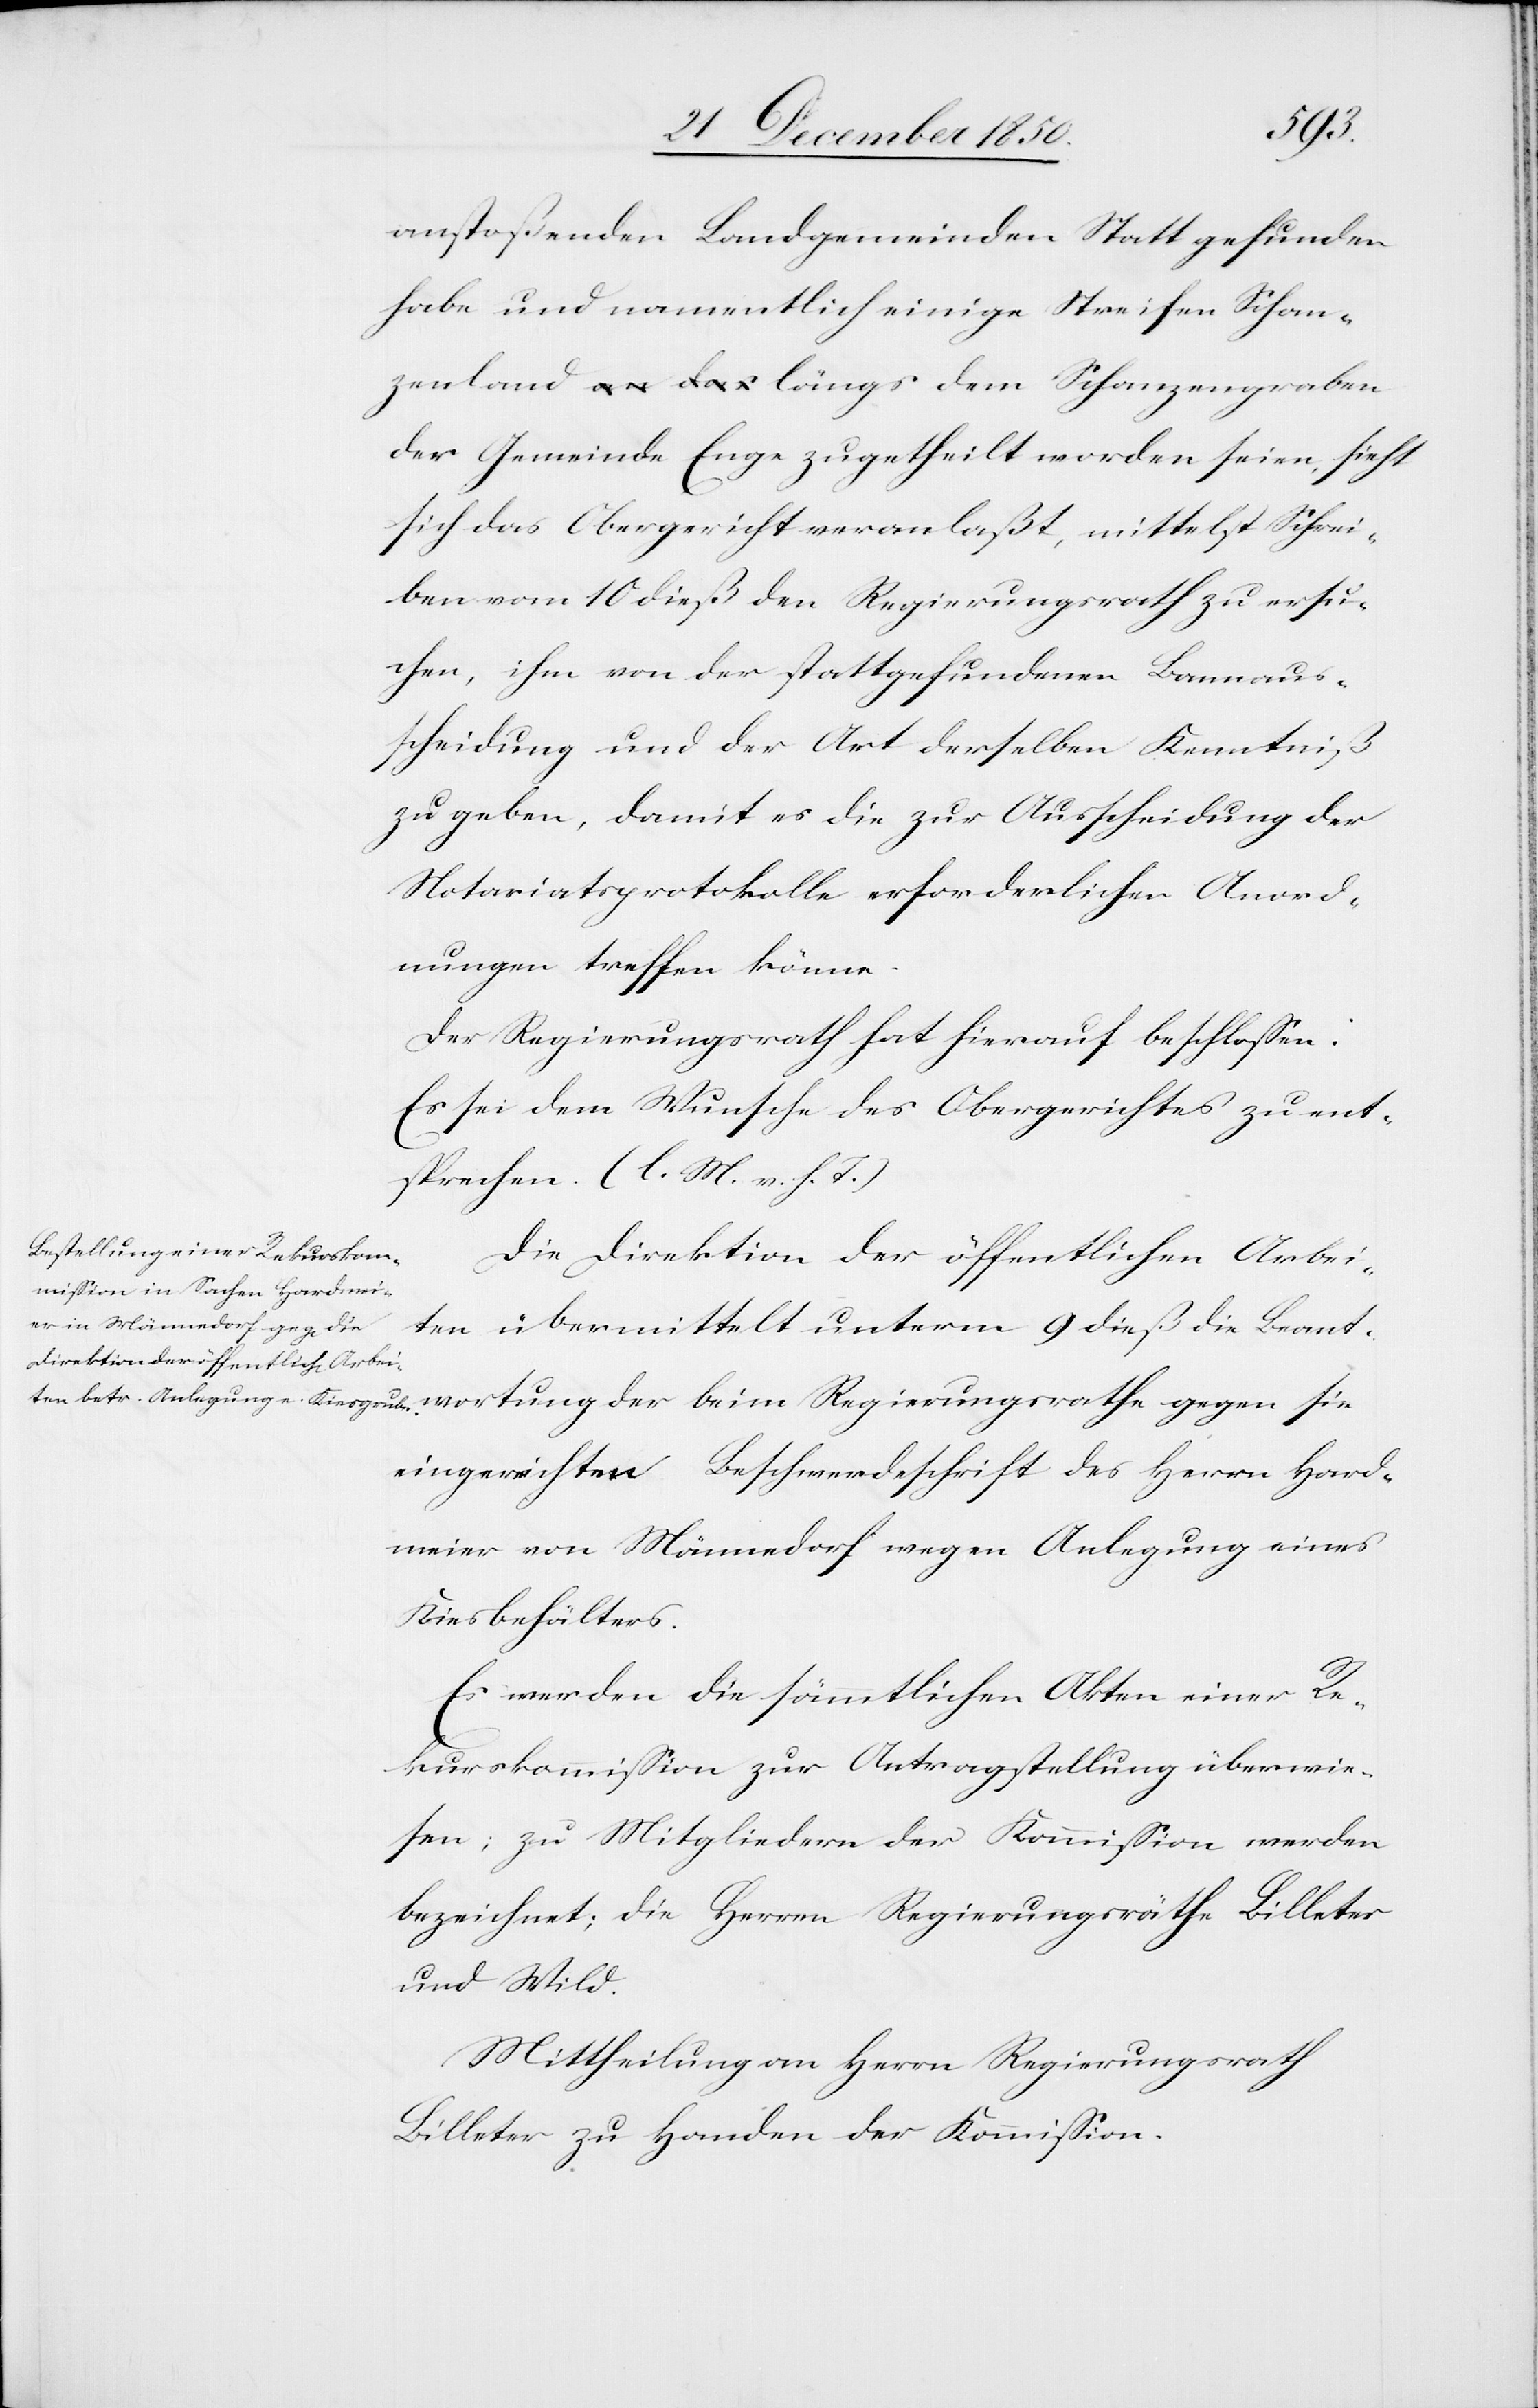
anstoßenden Landgemeinden Statt gefunden
habe und namentlich einige Streifen Schan¬
zenland längs dem Schanzengraben
der Gemeinde Enge zugetheilt worden seien, sieht
sich das Obergericht veranlaßt, mittelst Schrei¬
ben vom 10 dieß den Regierungsrath zu ersu¬
chen, ihm von der stattgefundenen Bannaus¬
scheidung und der Art derselben Kenntniß
zu geben, damit es die zur Ausscheidung der
Notariatsprotokolle erforderlichen Anord¬
nungen treffen könne.
Der Regierungsrath hat hierauf beschlossen:
Es sei dem Wunsche des Obergerichtes zu ent¬
sprechen. (l. M. v. h. T.)
Die Direktion der öffentlichen Arbei¬
ten übermittelt unterm 9 dieß die Beant¬
wortung der beim Regierungsrathe gegen sie
eingereichten Beschwerdeschrift des Herrn Hard¬
meier von Männedorf wegen Anlegung eines
Kiesbehälters.
Es werden die sämmltichen Akten einer Re¬
kurskommission zur Antragstellung überwie¬
sen; zu Mitgliedern der Kommission werden
bezeichnet; die Herren Regierungsräthe Billeter
und Wild.
Mittheilung an Herrn Regierungsrath
Billeter zu Handen der Kommission.